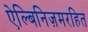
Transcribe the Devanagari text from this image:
ऐल्बिनिज़मरहित